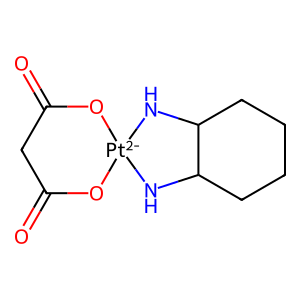
SMILES: O=C1CC(=O)O[Pt-2]2(NC3CCCCC3N2)O1
Inhibits HIV replication: No